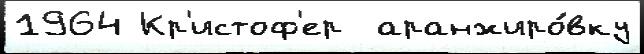
1964 Кр'истоф'ер  аранжиро́вку